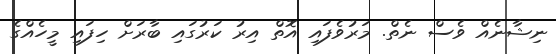
ނިޝާނެއް ވެސް ނެތް. މަރުވެފައި އޮތް އިރު ކަރުގައި ބާރަށް ހިފައި މީހެއްގެ